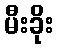
မီးခိုး